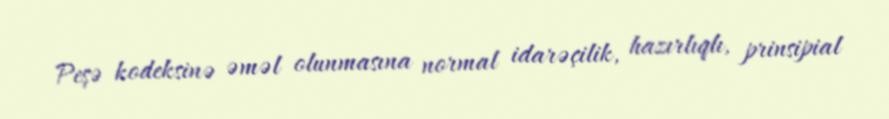
Peşə kodeksinə əməl olunmasına normal idarəçilik, hazırlıqlı, prinsipial